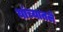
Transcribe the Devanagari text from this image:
यांच्यातले